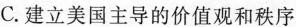
C.建立美国主导的价值观和秩序